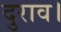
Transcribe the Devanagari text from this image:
दुराव।